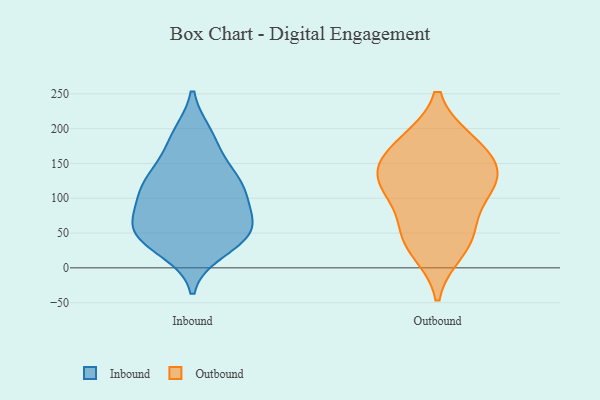
{"axis": {"x": "Page Views", "y": "Value"}, "legend": ["Inbound", "Outbound"], "data": [{"x": "", "y": 60, "type": "Inbound"}, {"x": "", "y": 25, "type": "Inbound"}, {"x": "", "y": 116, "type": "Inbound"}, {"x": "", "y": 191, "type": "Inbound"}, {"x": "", "y": 83, "type": "Inbound"}, {"x": "", "y": 45, "type": "Inbound"}, {"x": "", "y": 118, "type": "Inbound"}, {"x": "", "y": 130, "type": "Inbound"}, {"x": "", "y": 62, "type": "Inbound"}, {"x": "", "y": 101, "type": "Inbound"}, {"x": "", "y": 117, "type": "Inbound"}, {"x": "", "y": 55, "type": "Inbound"}, {"x": "", "y": 35, "type": "Inbound"}, {"x": "", "y": 188, "type": "Inbound"}, {"x": "", "y": 55, "type": "Inbound"}, {"x": "", "y": 153, "type": "Inbound"}, {"x": "", "y": 179, "type": "Outbound"}, {"x": "", "y": 48, "type": "Outbound"}, {"x": "", "y": 117, "type": "Outbound"}, {"x": "", "y": 120, "type": "Outbound"}, {"x": "", "y": 180, "type": "Outbound"}, {"x": "", "y": 26, "type": "Outbound"}, {"x": "", "y": 113, "type": "Outbound"}, {"x": "", "y": 153, "type": "Outbound"}, {"x": "", "y": 52, "type": "Outbound"}, {"x": "", "y": 139, "type": "Outbound"}]}